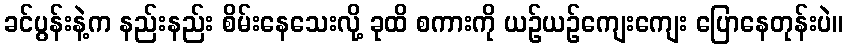
ခင်ပွန်းနဲ့က နည်းနည်း စိမ်းနေသေးလို့ ခုထိ စကားကို ယဉ်ယဉ်ကျေးကျေး ပြောနေတုန်းပဲ။